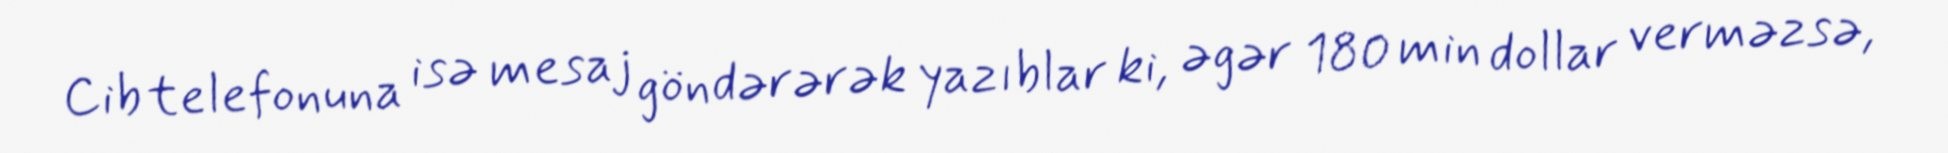
Cib telefonuna isə mesaj göndərərək yazıblar ki, əgər 180 min dollar verməzsə,